Annual report on the health of the army in India
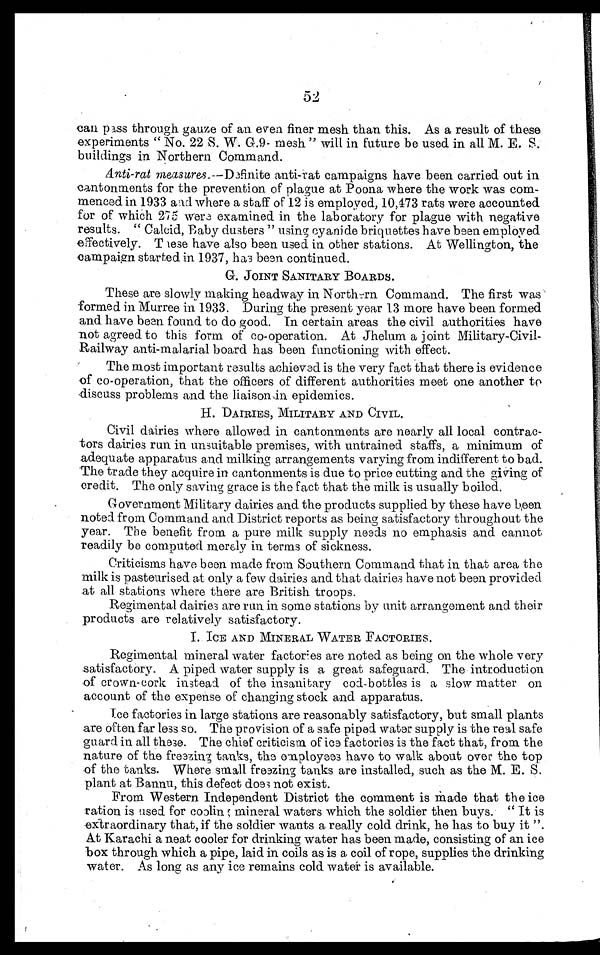
52
can pass through gauze of an even finer mesh than this. As a result of these
experiments " No. 22 S. W. G.9- mesh " will in future be used in all M. E. S.
buildings in Northern Command.
Anti-rat measures.—Definite anti-rat campaigns have been carried out in
cantonments for the prevention of plague at Poona where the work was com-
menced in 1933 and where a staff of 12 is employed, 10,473 rats were accounted
for of which 275 where examined in the laboratory for plague with negative
results. " Calcid, Baby dusters " using cyanide briquettes have been employed
effectively. These have also been used in other stations. At Wellington, the
campaign started in 1937, has been continued.
G. JOINT SANITARY BOARDS.
These are slowly making headway in Northern Command. The first was
-formed in Murree in 1933. During the present year 13 more have been formed
and have been found to do good. In certain areas the civil authorities have
not agreed to this form of co-operation. At Jhelum a joint Military-Civil-
Railway anti-malarial board has been functioning with effect.
The most important results achieved is the very fact that there is evidence
of co-operation, that the officers of different authorities meet one another to
discass problems and the liaison epidemics.
H. DAIRIES, MILITARY AND CIVIL.
Civil dairies where allowed in cantonments are nearly all local contrac-
tors dairies run in unsuitable premises, with untrained staffs, a minimum of
adequate apparatus and milking arrangements varying from indifferent to bad.
The trade they acquire in cantonments is due to price cutting and the giving of
credit. The only saving grace is the fact that the milk is usually boiled.
Government Military dairies and the products supplied by these have been
noted from Command and District reports as being satisfactory throughout the
year. The benefit from a pure milk supply needs no emphasis and cannot
readily be computed merely in terms of sickness.
Criticisms have been made from Southern Command that in that area the
milk is pasteurised at only a few dairies and that dairies have not been provided
at all stations where there are British troops.
Regimental dairies are run in some stations by unit arrangement and their
products are relatively satisfactory.
I. ICE AND MINERAL WATER FACTORIES.
Regimental mineral water factories are noted as being on the whole very
satisfactory. A piped water supply is a great safeguard. The introduction
of crown-cork instead of the insanitary cod-bottles is a slow matter on
account of the expense of changing stock and apparatus.
Ice factories in large stations are reasonably satisfactory, but small plants
are often far less so. The provision of a safe piped water supply is the real safe
guard in all these. The chief criticism of ice factories is the fact that, from the
nature of the freezing tanks, the employees have to walk about over the top
of the tanks. Where small freezing tanks are installed, such as the M. E. S.
plant at Bannu, this defect does not exist.
From Western Independent District the comment is made that the ice
ration is used for cooling mineral waters which the soldier then buys. " It is
extraordinary that, if the soldier wants a really cold drink, he has to buy it ".
At Karachi a neat cooler for drinking water has been made, consisting of an ice
box through which a pipe, laid in coils as is a coil of rope, supplies the drinking
water. As long as any ice remains cold water is available.